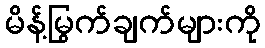
မိန့်မြွက်ချက်များကို